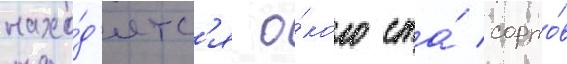
нахо́д'ятс'я о́коло ста́ сорто́в